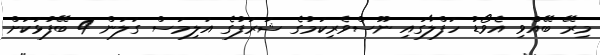
މިރޭ ބޭއްވި އެވޯޑު ހަފްލާގައި ނޫސްވެރިކަމުގެ ޝަރަފުގެ އަލިމަސް ގަލަން 4 ބޭފުޅަކަށް